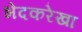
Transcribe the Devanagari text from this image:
भेदकरेखा